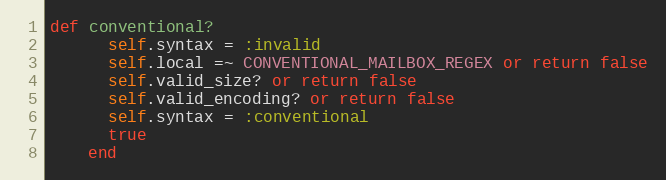
Language: Ruby
def conventional?
      self.syntax = :invalid
      self.local =~ CONVENTIONAL_MAILBOX_REGEX or return false
      self.valid_size? or return false
      self.valid_encoding? or return false
      self.syntax = :conventional
      true
    end